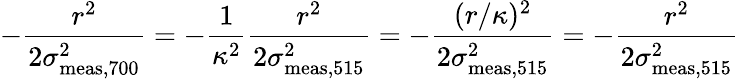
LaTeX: -\frac{r^{2}}{2\sigma_{\mathrm{meas,700}}^{2}}=-\frac{1}{\kappa^{2}}\frac{r^{2}}{2\sigma_{\mathrm{meas,515}}^{2}}=-\frac{(r/\kappa)^{2}}{2\sigma_{\mathrm{meas,515}}^{2}}=-\frac{r^{2}}{2\sigma_{\mathrm{meas,515}}^{2}}